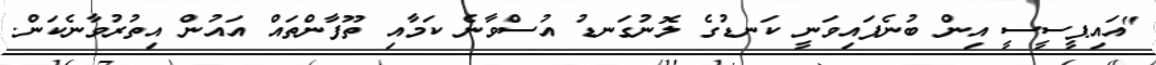
"އައިޕީސީސީ އިން ބުނެފައިވަނީ ކަނޑުގެ ލޮނުގަނޑު އުސްވާނެ ކަމާއި ތޫފާންތައް އައުން އިތުރުވާނެކަން.